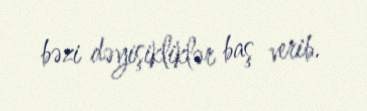
bəzi dəyişikliklər baş verib.